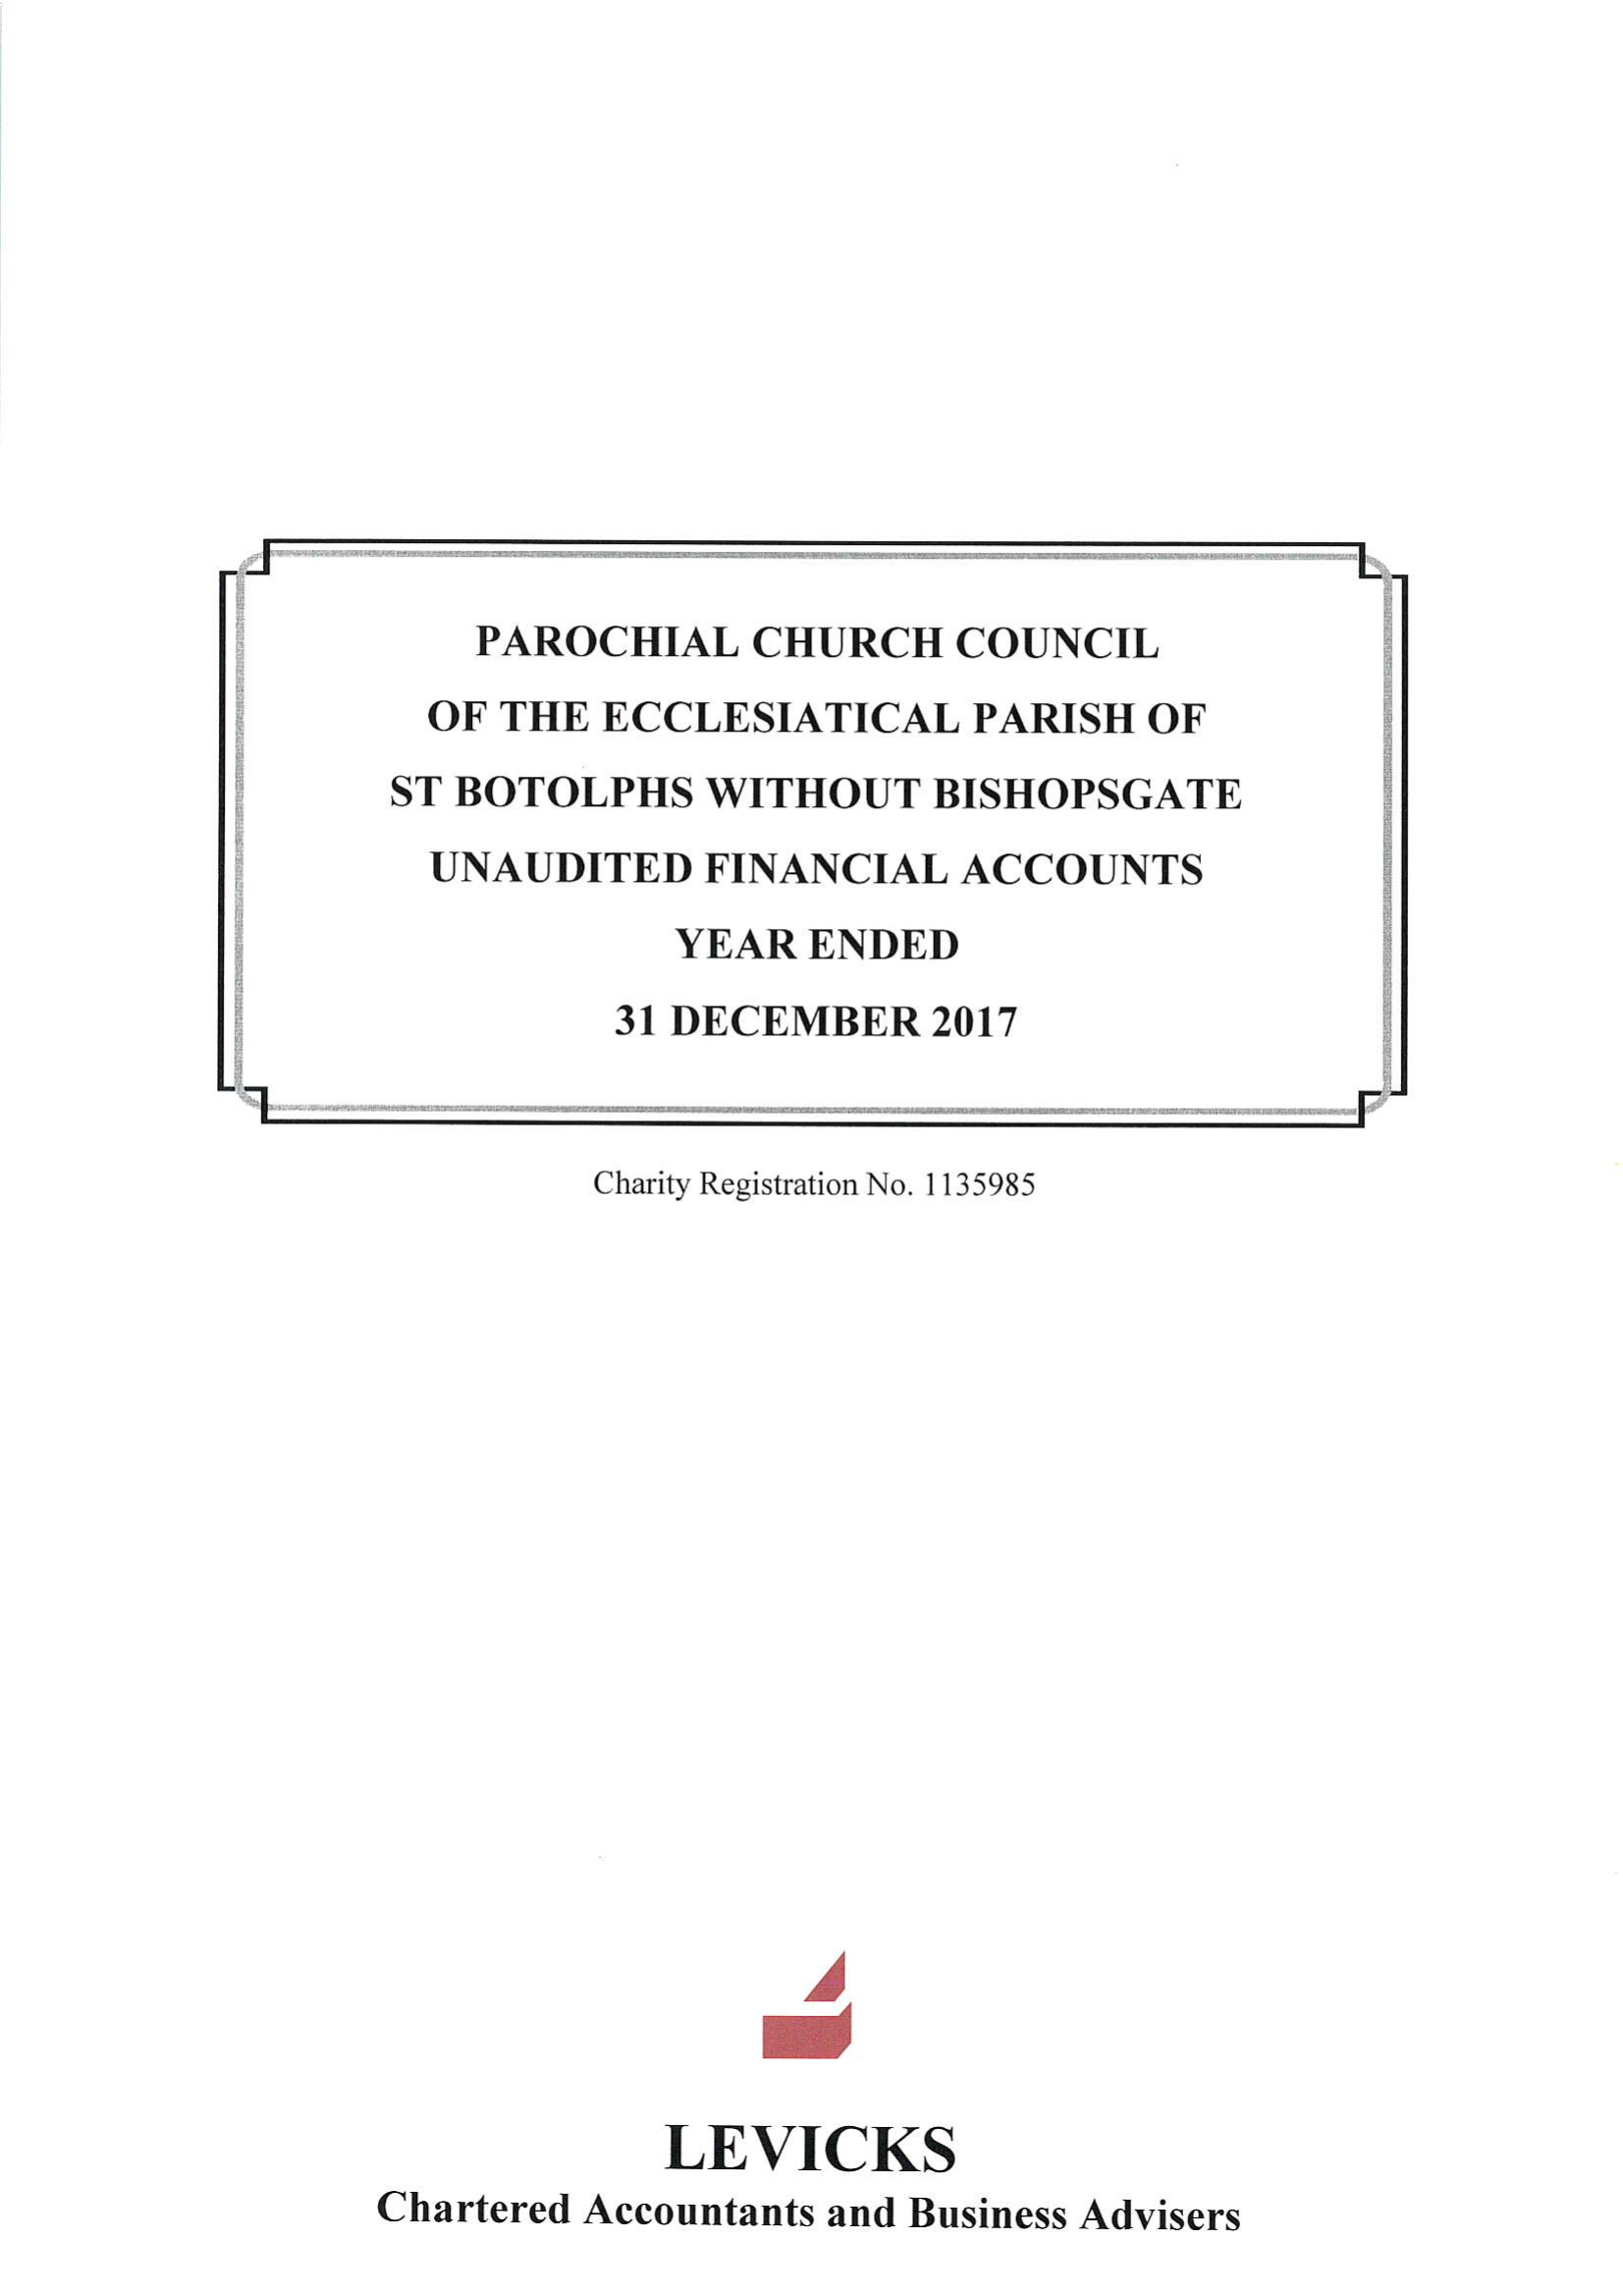
T
     T
     T A3 S T AT
     I
     e
     P
     .
     PAROCHIAL    CHURCH   COUNCIL
     OF THE  ECCLESIATICAL    PARISH OF
     ST BOTOLPHS   WITHOUT    BISHOPSGATE
     UNAUDITED   FINANCIAL   ACCOUNTS
     YEAR  ENDED
     31 DECEMBER    2017

     Charity Registration No. 1135985
     4
     o
     LEVICKS
     Chartered Accountants and Business Advisers